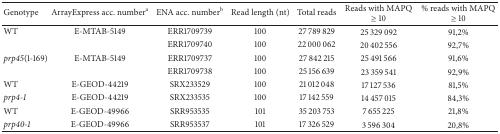
<table><thead><tr><td><b>Genotype</b></td><td><b>ArrayExpress acc. number<sup>a</sup></b></td><td><b>ENA acc. number<sup>b</sup></b></td><td><b>Read length (nt)</b></td><td><b>Total reads</b></td><td><b>Reads with MAPQ ≥ 10</b></td><td><b>% reads with MAPQ ≥ 10</b></td></tr></thead><tbody><tr><td>WT</td><td>E-MTAB-5149</td><td>ERR1709739</td><td>100</td><td>27 789 829</td><td>25 329 092</td><td>91,2%</td></tr><tr><td> </td><td> </td><td>ERR1709740</td><td>100</td><td>22 000 062</td><td>20 402 556</td><td>92,7%</td></tr><tr><td><i>prp45</i>(1-169)</td><td>E-MTAB-5149</td><td>ERR1709737</td><td>100</td><td>27 842 215</td><td>25 491 566</td><td>91,6%</td></tr><tr><td> </td><td> </td><td>ERR1709738</td><td>100</td><td>25 156 639</td><td>23 359 541</td><td>92,9%</td></tr><tr><td>WT</td><td>E-GEOD-44219</td><td>SRX233529</td><td>100</td><td>21 012 048</td><td>17 127 536</td><td>81,5%</td></tr><tr><td><i>prp4-1</i></td><td>E-GEOD-44219</td><td>SRX233535</td><td>100</td><td>17 142 559</td><td>14 457 015</td><td>84,3%</td></tr><tr><td>WT</td><td>E-GEOD-49966</td><td>SRR953535</td><td>101</td><td>35 203 753</td><td>7 655 225</td><td>21,8%</td></tr><tr><td><i>prp40-1</i></td><td>E-GEOD-49966</td><td>SRR953537</td><td>101</td><td>17 326 529</td><td>3 596 304</td><td>20,8%</td></tr></tbody></table>